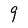
Character: 9